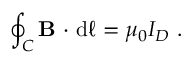
\oint _ { C } \mathbf { B } \ { \boldsymbol { \cdot } } \ \mathrm { d } { \boldsymbol { \ell } } = \mu _ { 0 } I _ { D } \ .